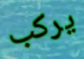
يركب